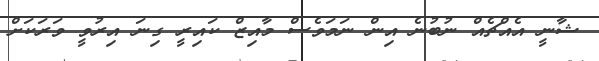
ޝާނީ އެއްޗެއް ނުބުނެ އިން ނަމަވެސް މާއިޒް ކައިރީ ގިނަ އިރުވީ ވަރަކަށް